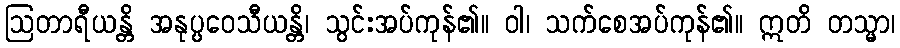
ဩတာရီယန္တိ အနုပ္ပဝေသီယန္တိ၊ သွင်းအပ်ကုန်၏။ ဝါ၊ သက်စေအပ်ကုန်၏။ ဣတိ တသ္မာ၊